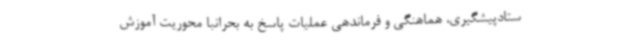
ستادپیشگیری، هماهنگی و فرماندهی عملیات پاسخ به بحرانبا محوریت آموزش